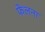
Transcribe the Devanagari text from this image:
फेलना